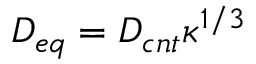
D _ { e q } = D _ { c n t } \kappa ^ { 1 / 3 }